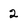
Character: 2